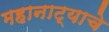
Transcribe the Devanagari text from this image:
महानाट्याचे